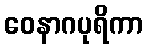
ဝေနာဂပုရိကာ